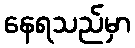
နေရသည်မှာ